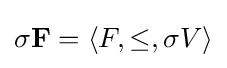
\sigma \mathbf {F} =\langle F,\leq ,\sigma V\rangle